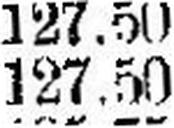
127.50